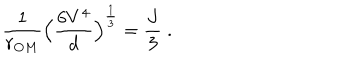
\frac { 1 } { r _ { O M } } \Big ( \frac { 6 V ^ { 4 } } { d } \Big ) ^ { \frac { 1 } { 3 } } = \frac { J } { 3 } \; .